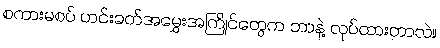
စကားမစပ် ဟင်းခတ်အမွှေးအကြိုင်တွေက ဘာနဲ့ လုပ်ထားတာလဲ။